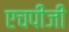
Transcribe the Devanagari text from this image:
एचपीजी